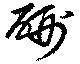
硎